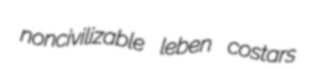
noncivilizable leben costars